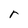
Character: r